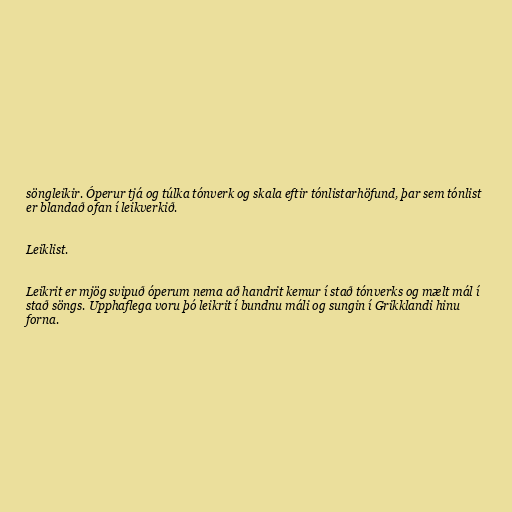
söngleikir. Óperur tjá og túlka tónverk og skala eftir tónlistarhöfund, þar sem tónlist
er blandað ofan í leikverkið.

Leiklist.

Leikrit er mjög svipuð óperum nema að handrit kemur í stað tónverks og mælt mál í
stað söngs. Upphaflega voru þó leikrit í bundnu máli og sungin í Grikklandi hinu
forna.